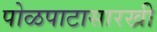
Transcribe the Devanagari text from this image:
पोळपाटासारखी